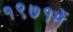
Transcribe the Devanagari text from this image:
१९७१में